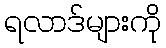
ရလာဒ်များကို